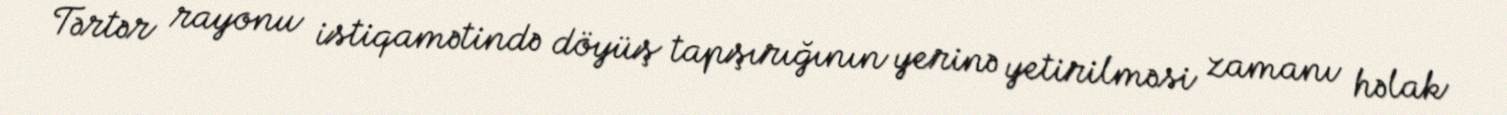
Tərtər rayonu istiqamətində döyüş tapşırığının yerinə yetirilməsi zamanı həlak